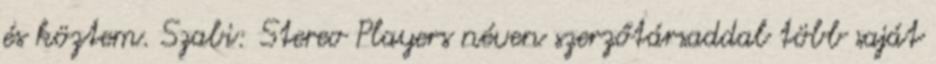
és köztem. Szabi: Stereo Players néven szerzőtársaddal több saját